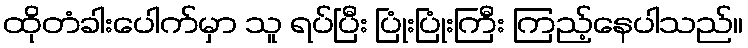
ထိုတံခါးပေါက်မှာ သူ ရပ်ပြီး ပြုံးပြုံးကြီး ကြည့်နေပါသည်။